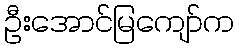
ဦးအောင်မြကျော်က